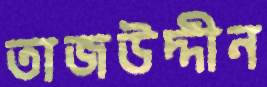
তাজউদ্দীন